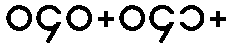
ဝ၄၀+ဝ၄၁+